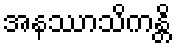
အနဿာသိကန္တိ